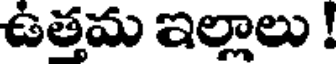
ఉత్తమ ఇల్లాలు !